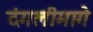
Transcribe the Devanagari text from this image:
दंगलीमागे